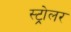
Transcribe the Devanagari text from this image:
स्ट्रोलर